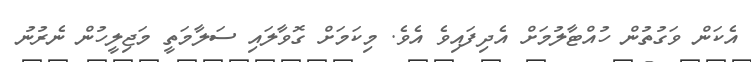
އެކަން ވަގުތުން ހުއްޓާލުމަށް އެދިފައިވެ އެވެ. މިކަމަށް ގޮވާލައި ސަލާމަތީ މަޖިލީހުން ނެރުނު